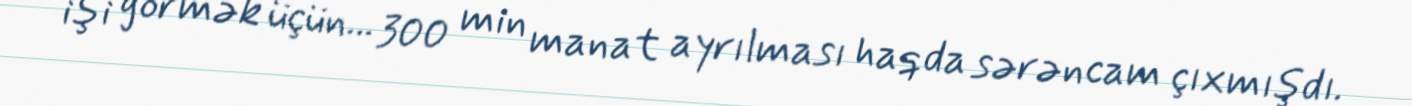
işi görmək üçün... 300 min manat ayrılması haqda sərəncam çıxmışdı.